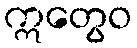
ဣတွေဝ